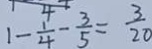
1 - \frac { 1 } { 4 } - \frac { 3 } { 5 } = \frac { 3 } { 2 0 }